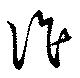
詐